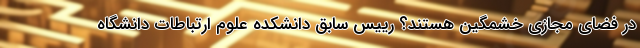
در فضای مجازی خشمگین هستند؟ رییس سابق دانشکده علوم ارتباطات دانشگاه